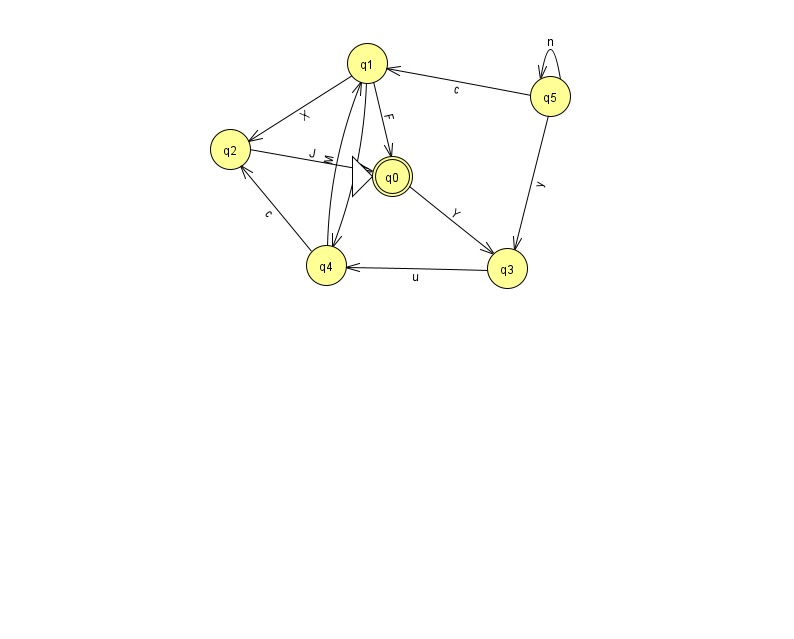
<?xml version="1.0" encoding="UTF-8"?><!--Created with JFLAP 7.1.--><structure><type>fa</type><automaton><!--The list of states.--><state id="0" name="q0"><x>392.0</x><y>163.0</y><initial/><final/></state><state id="1" name="q1"><x>367.0</x><y>50.0</y></state><state id="2" name="q2"><x>230.0</x><y>136.0</y></state><state id="3" name="q3"><x>507.0</x><y>255.0</y></state><state id="4" name="q4"><x>326.0</x><y>252.0</y></state><state id="5" name="q5"><x>550.0</x><y>83.0</y></state><!--The list of transitions.--><transition><from>5</from><to>3</to><read>y</read></transition><transition><from>2</from><to>0</to><read>J</read></transition><transition><from>1</from><to>2</to><read>X</read></transition><transition><from>3</from><to>4</to><read>u</read></transition><transition><from>1</from><to>0</to><read>F</read></transition><transition><from>4</from><to>1</to><read>M</read></transition><transition><from>4</from><to>2</to><read>c</read></transition><transition><from>5</from><to>1</to><read>c</read></transition><transition><from>1</from><to>4</to><read>Y</read></transition><transition><from>0</from><to>3</to><read>Y</read></transition><transition><from>5</from><to>5</to><read>n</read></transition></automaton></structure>